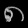
Digit: ၈